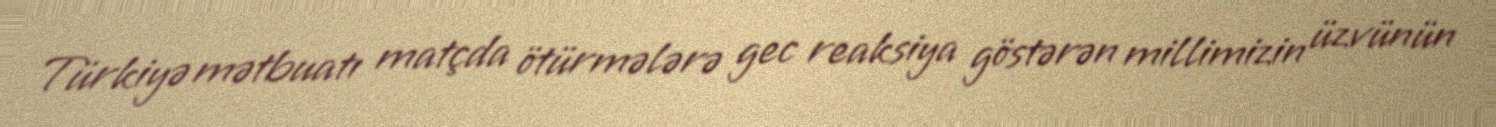
Türkiyə mətbuatı matçda ötürmələrə gec reaksiya göstərən millimizin üzvünün